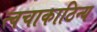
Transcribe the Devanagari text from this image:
त्वचाकाठिन्य